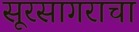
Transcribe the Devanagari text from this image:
सूरसागराचा